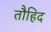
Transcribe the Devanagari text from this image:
तौहिद